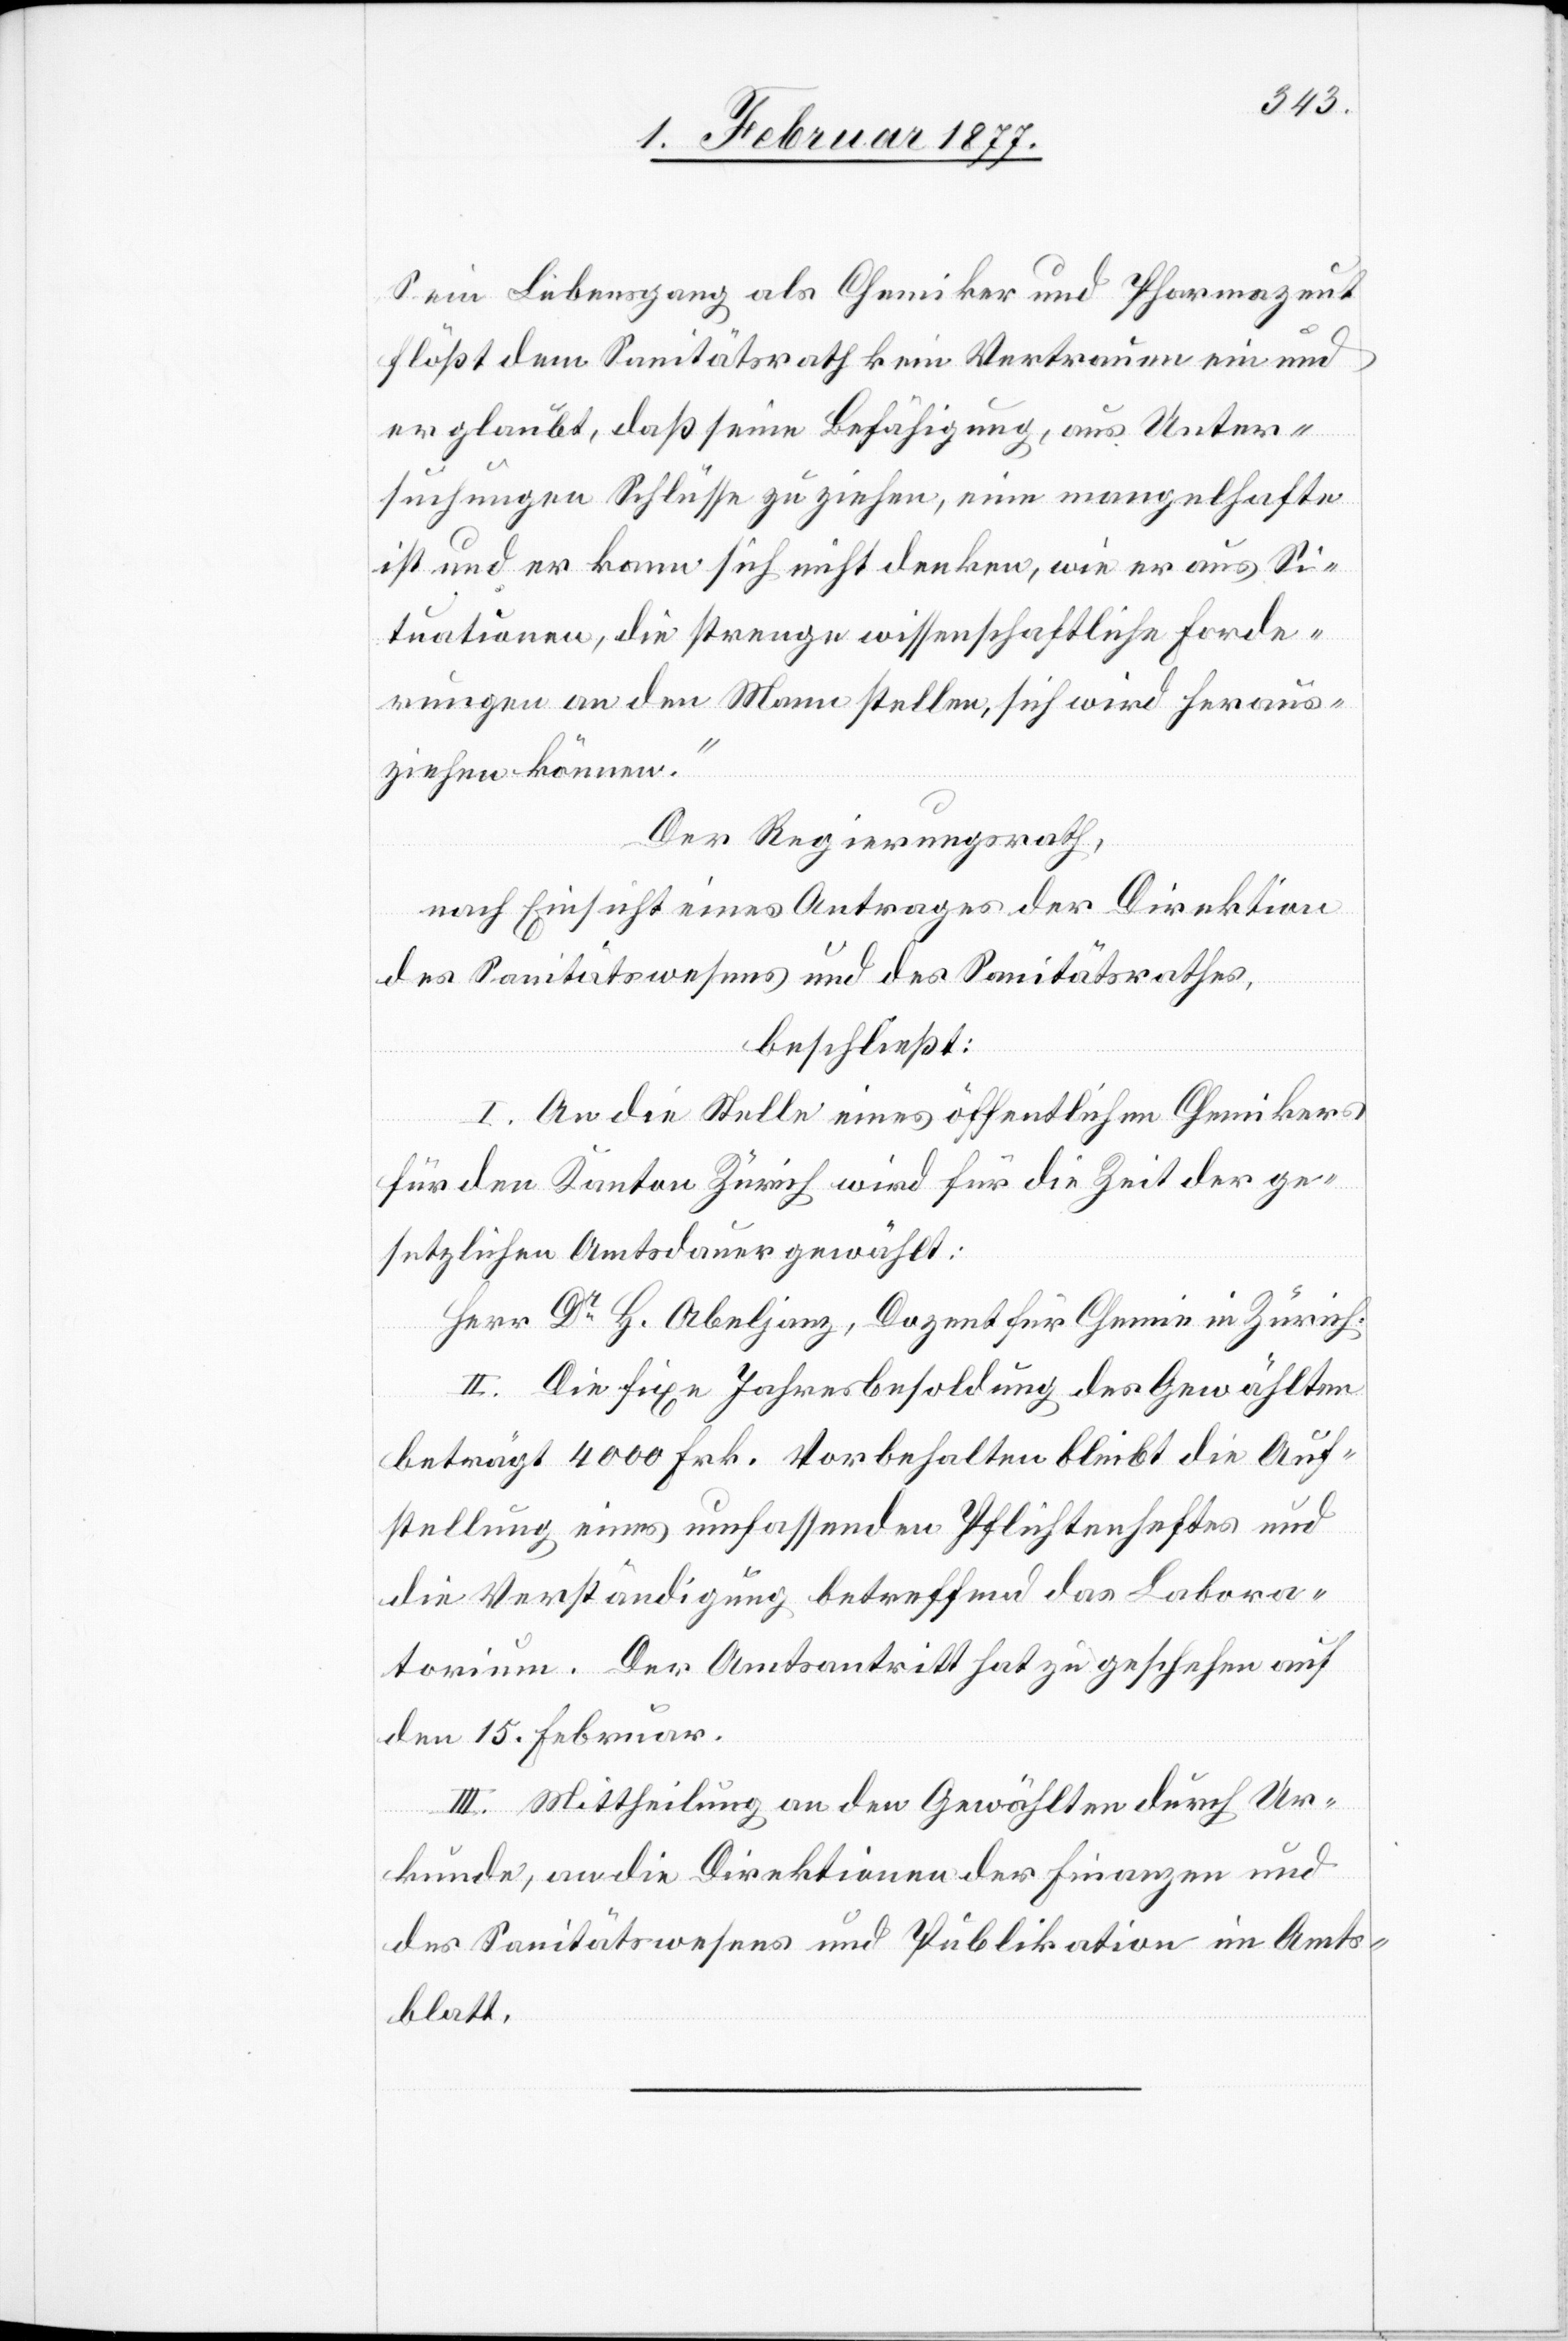
Sein Lebensgang als Chemiker und Pharmazeut
flößt dem Sanitätsrath kein Vertrauen ein und
er glaubt, daß seine Befähigung, aus Unter¬
suchungen Schlüsse zu ziehen, eine mangelhafte
ist und er kann sich nicht denken, wie er aus Si¬
tuationen, die strenge wissenschaftliche Forde¬
rungen an den Mann stellen, sich wird heraus¬
ziehen können.“
Der Regierungsrath,
nach Einsicht eines Antrages der Direktion
des Sanitätswesens und des Sanitätsrathes,
beschließt:
I. An die Stelle eines öffentlichen Chemikers
für den Kanton Zürich wird für die Zeit der ge¬
setzlichen Amtsdauer gewählt:
Herr Dr H. Abeljanz, Dozent für Chemie in Zürich.
II. Die fixe Jahresbesoldung des Gewählten
beträgt 4000 Frk. Vorbehalten bleibt die Auf¬
stellung eines umfassenden Pflichtenheftes und
die Verständigung betreffend das Labora¬
torium. Der Amtsantritt hat zu geschehen auf
den 15. Februar.
III. Mittheilung an den Gewählten durch Ur¬
kunde, an die Direktionen der Finanzen und
des Sanitätswesens und Publikation im Amts¬
blatt.